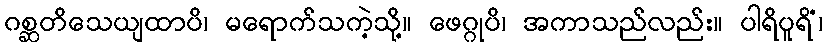
ဂစ္ဆတိသေယျထာပိ၊ မရောက်သကဲ့သို့။ ဖေဂ္ဂုပိ၊ အကာသည်လည်း။ ပါရိပူရိံ၊